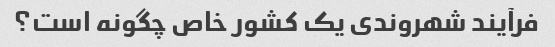
فرآیند شهروندی یک کشور خاص چگونه است؟